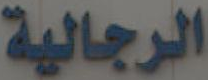
الرجالية